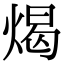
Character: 㷎